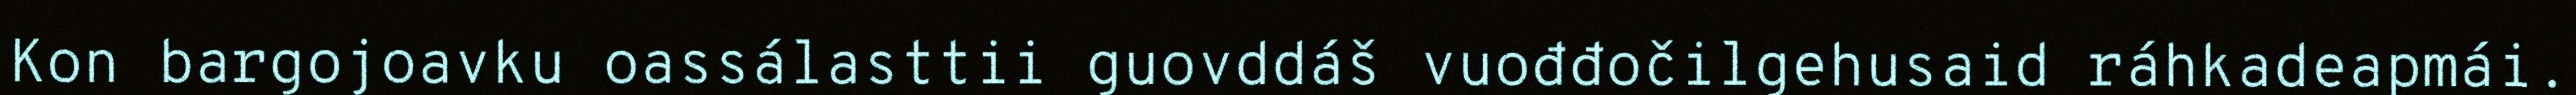
Kon bargojoavku oassálasttii guovddáš vuođđočilgehusaid ráhkadeapmái.